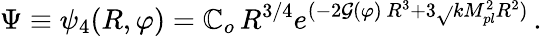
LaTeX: \Psi\equiv\psi_{4}(R,\varphi)=\mathbb{C}_{o}\, R^{3/4}e^{(-2\mathcal{G}(\varphi)\, R^{3}+3\sqrt{}{{k}}M_{pl}^{2}R^{2})}\, .